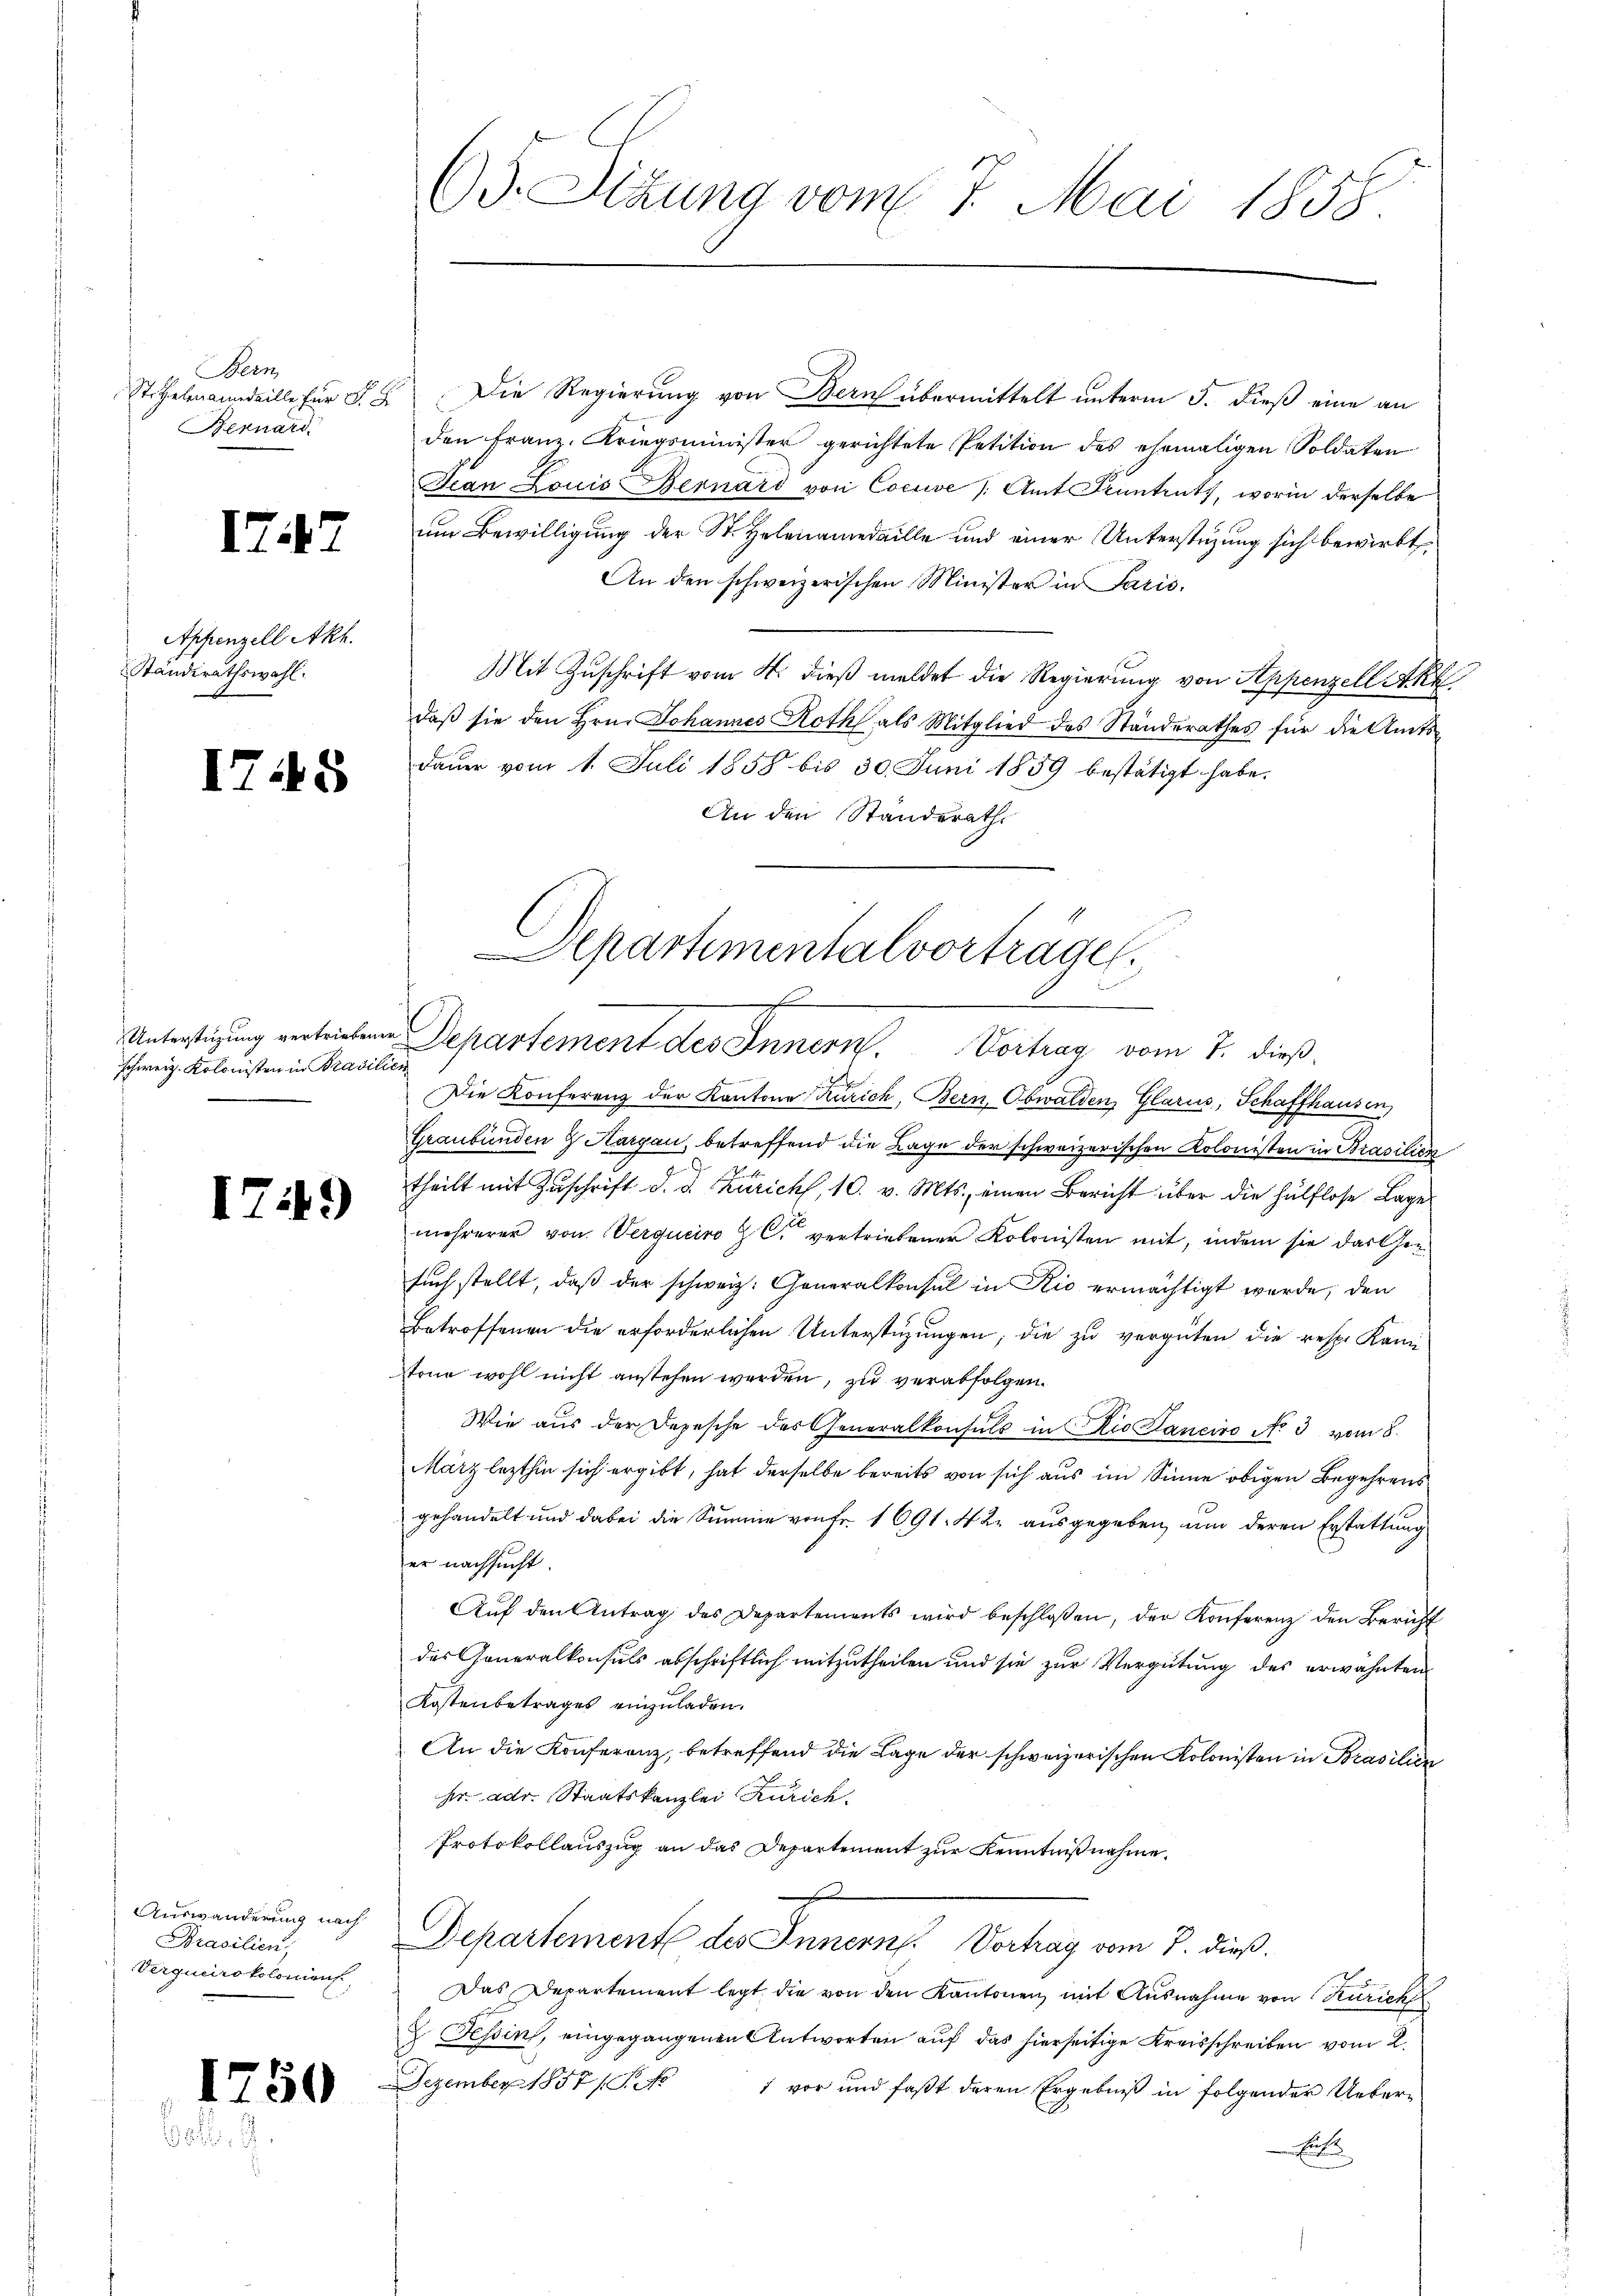
Bern
Bernard

ITit?

Appenzell Akh.
Ständerathswahl.

I.

45

schweiz. Kolonisten in Brasili

1749)

Auswanderung nach
Prasilien
Verqueiroklamen

1750

65. Sitzung vom 7. Mai 1858

St. Helenanndaille für §. 2. Die Regierung von Bern übermittelt unterm 5. dieß eine an
den Franz Kriegsminister gerichtete Petition des ehemaligen Soldaten
Jean Louis Bernard von Cocuve (Amt Feuntruth, worin derselbe
um Bewilligung der St. Helenamedaille und einer Unterstüzung sich bewirkt.
An den schweizerischen Minister in Paris.
Mit Zuschrift vom 4. dieß meldet die Regierung von Appenzell Akk.
daß sie den Hrn. Johannes Roth als Mitglied des Ständerathes für die Amtsdauer vom 1. Juli 1858 bis 30. Juni 1859 bestätigt habe.
An den Standerath
2
Die Konferenz der Kantone Zürich, Bern Obwalden, Glarus, Schaffhausen,
Graubünden 8 Margau, betreffend die Lage der schweizerischen Kolonisten in Brasilien
theilt mit Zŭschrift d. d. Züricht, 10. v. Mts., einen Bericht über die hülflose Lage
mehrerer von Vergueiro Z C. vertriebener Kolonisten mit, indem sie darthen
such stellt, daß der schweiz. Generalkonsul in Kic ermächtigt werde, den
Betroffenen die erforderlichen Unterstüzungen; die zu vergüten die resp. Kami
Stone wohl nicht anstehen werden, zu verabfolgen.
Wie aus der Depesche des Generalkonsuls in Die Laneiro No 3 vom 8.
März lezthin sich ergibt, hat derselbe bereits von sich aus im Sinne obigen Begehrens
gehandelt und dabei die Summe von Fr. 1691. 42. ausgegeben, um deren Erstattung
er nachsucht.
Aŭf den Antrag des Departements wird beschloßen, der Konferenz den Bericht
des Generalkonsuls abschriftlich mitzutheilen und sie zur Vergütung des erwähnten
Kostenbetrages einzuladen.
An die Konferenz, betreffend die Lage der schweizerischen Kolonisten in Brasilien
hr. dr. Staatskanzlei Zürich.
Protokollauszug an das Departement zur Kenntnißnahme.
Departement des Innern Vortrag vom 7. dieß.
Das Departement legt die von den Kantonen mit Ausnahme von Kurich
2. Tessin, eingegangenen Antworten auf das hierseitige Kreisschreiben vom 2.
Dezember 1857 (S. No 1 vor und faβt deren Ergebniβ in folgender Ueber-
Ei

Departimentalvorträge.
c
Unterstüzung vertriebenen Departement des Innern. Vortrag vom 1. dieß